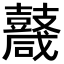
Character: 𪔩